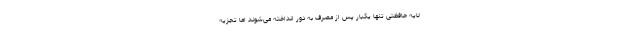
لایه حافظتی تنها یکبار پس از مصرف به دور انداخته می‌شوند اما تجزیه